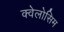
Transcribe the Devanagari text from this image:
क्वेलोसिम